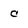
Character: c